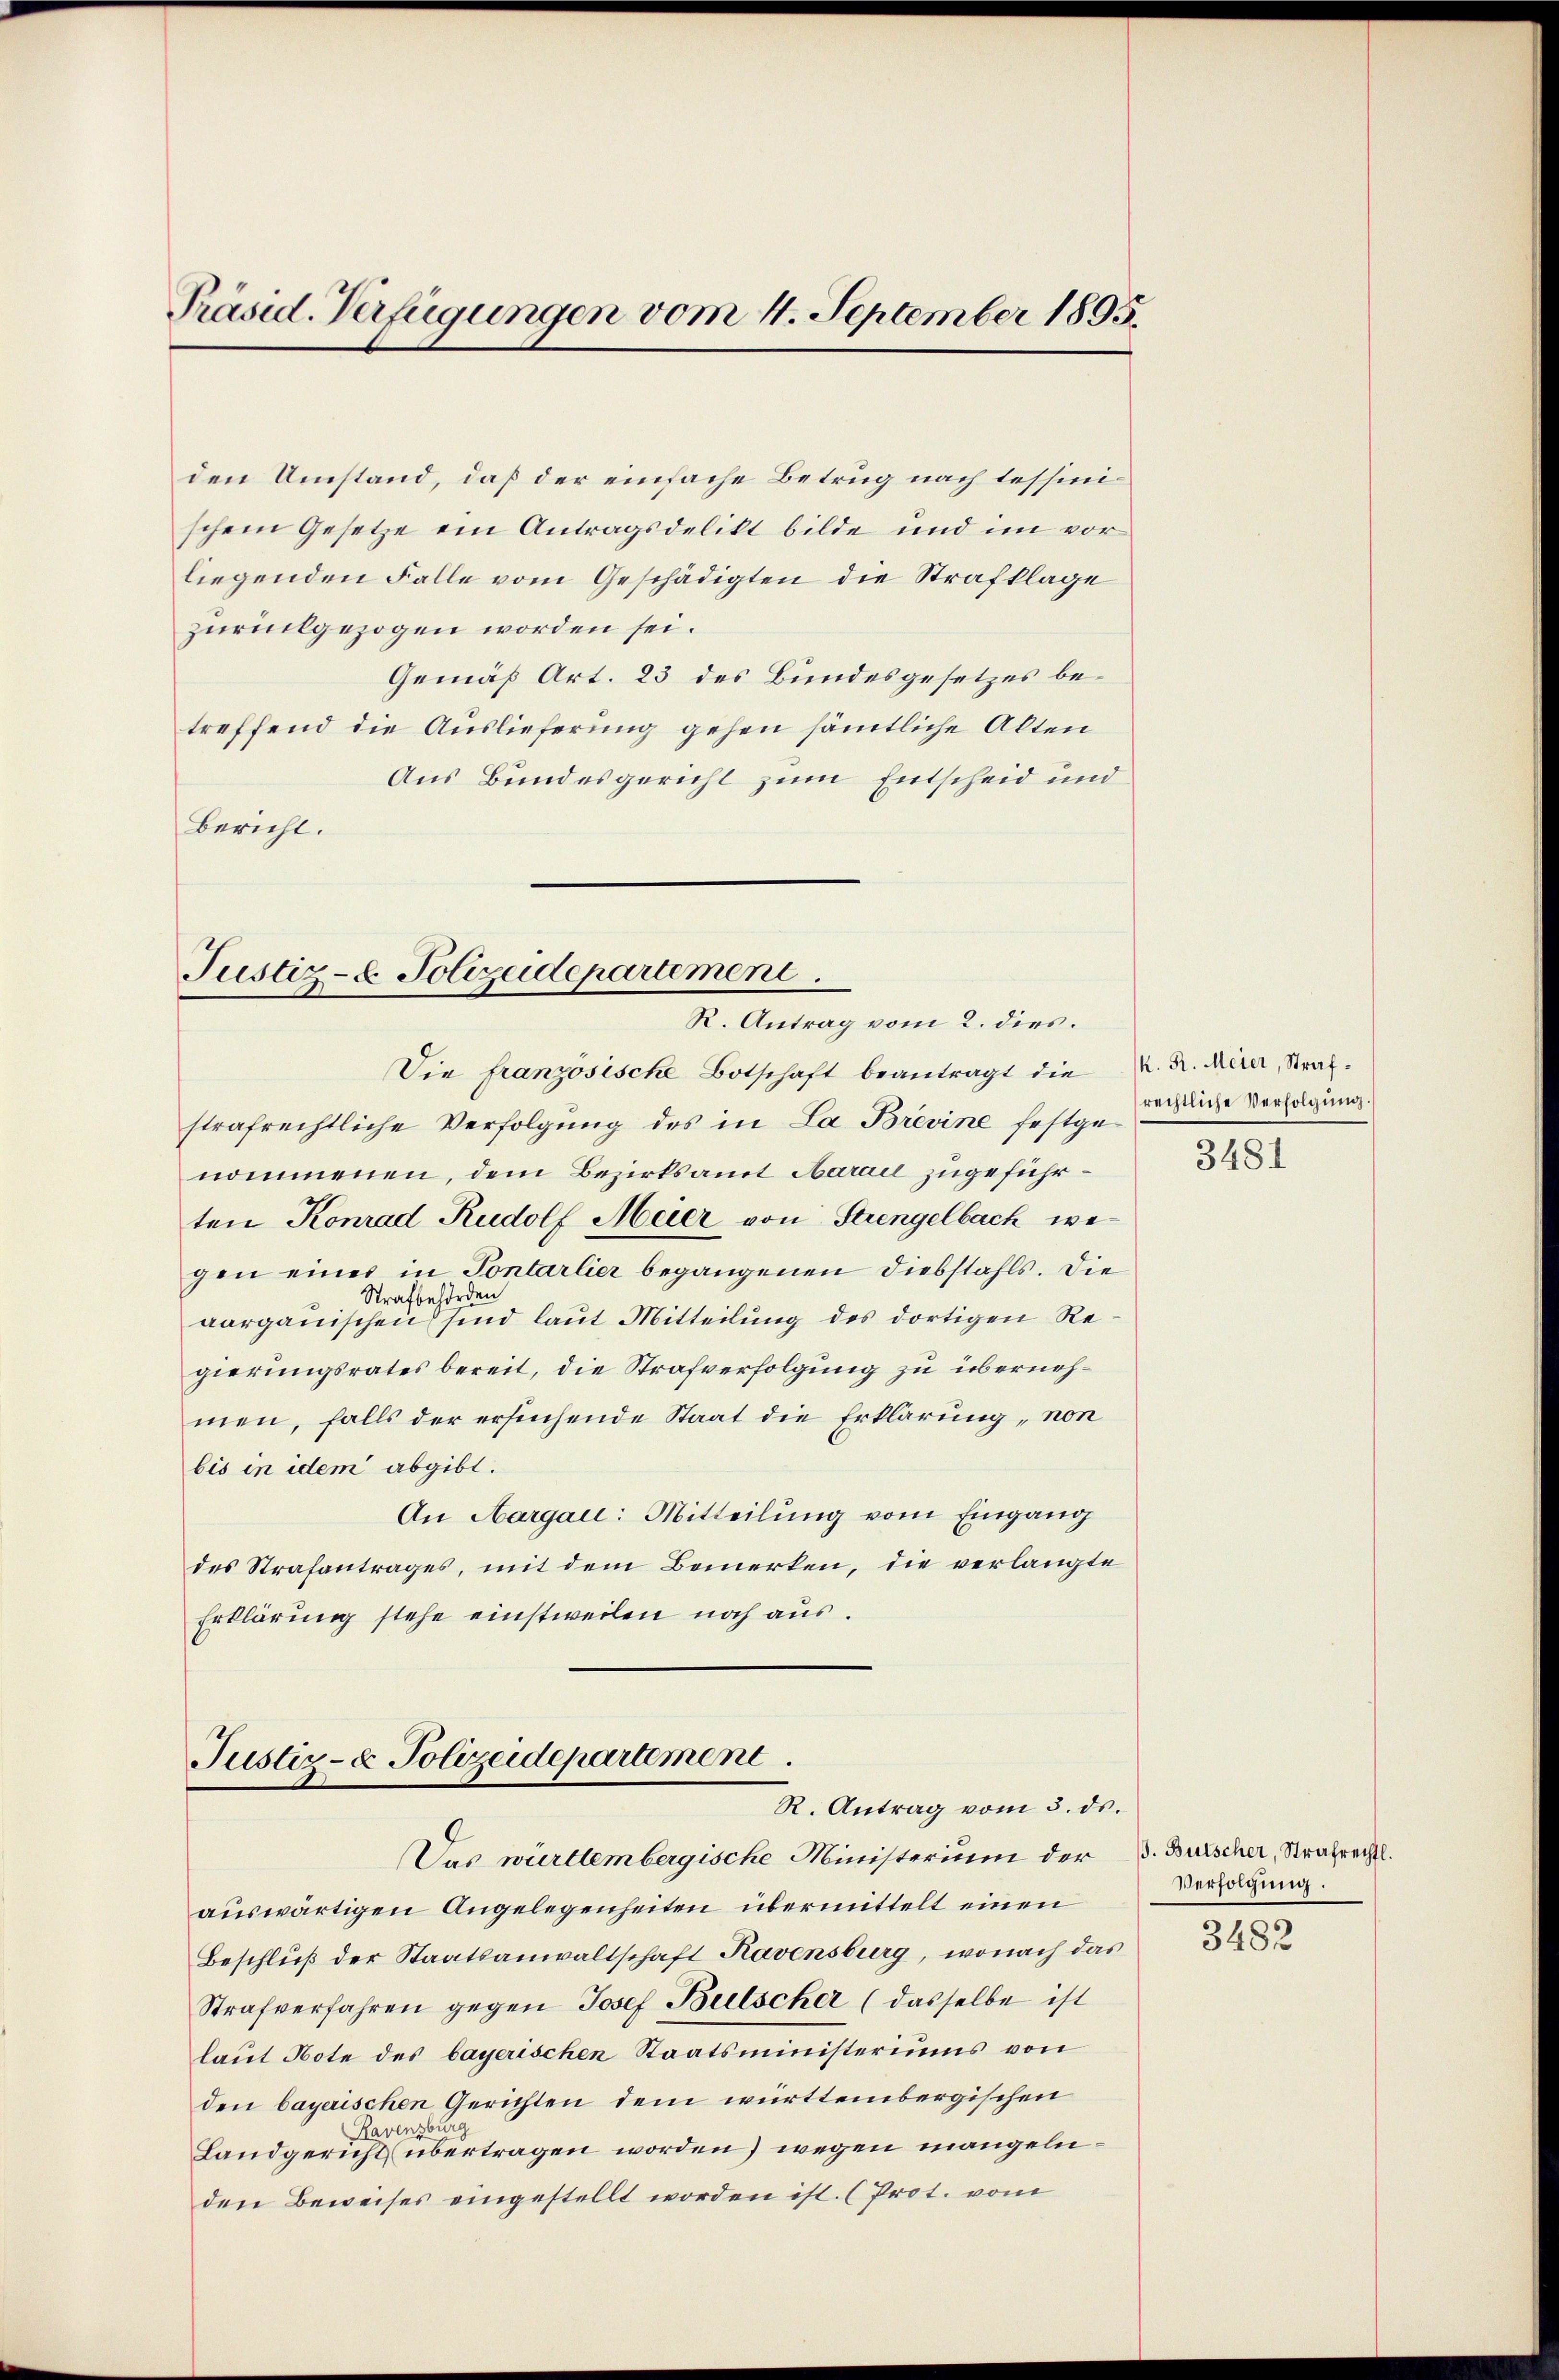
Präsid. Verfügungen vom 4. September 1895.

den Umstand, daß der einfache Betrug nach Tessinischem Gesetze ein Antragsdelikt bilde und im vor
liegenden Falle vom Geschädigten die Strafklage
zurückgezogen worden sei.
Gemäß Art. 23 des Bundesgesetzes betreffend die Auslieferung gehen sämtliche Alten
Aus Bundesgericht zum Entscheid und
bericht.

Justiz- & Polizeidepartement.
R. Antrag vom 2. dies.

Die französische Botschaft beantragt die
strafrechtliche Verfolgung des in La Brevine festgene Verfolgung.
nommenen, dem Bezirksamt Aarail zugeführten Konrad Rudolf Meier von Strengelbach wegen einer in Pontarlier begangenen Diebstahls. Die
Strafbehörden
aargauischen sind laut Mitteilung des dortigen Regierungsrates bereit, die Strafverfolgung zu übernehmen, falls der ersuchende Staat die Erklärung, non
bis in idem abgibt.
An Aargau: Mitteilung vom Eingang
des Strafantrages, mit dem Bemerken, die verlangte
Erklärung stehe einstweilen noch aus.

Justiz- & Polizeidepartement.
R. Antrag vom 3. ds.

Das württembergische Ministerium der B. Burscher, Strafrechts.
auswärtigen Angelegenheiten übermittelt einen
Beschluß der Staatsanwaltschaft Ravensburg, wonach das
Strafverfahren gegen Josef Bulscher (dasselbe ist
laut Note des bayerischen Staatsministeriums von
den bayerischen Gerichten dem württembergischen
burg
Raven,
Landgericht übertragen worden) wegen mangelnden Beweises eingestellt worden ist. (Prot. vom

K. R. Meier, Straf¬

3481

Verfolgung.

3482